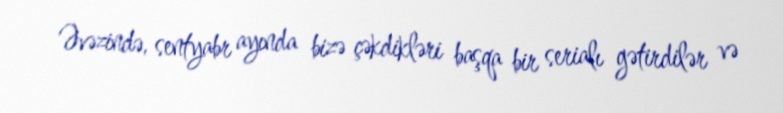
Əvəzində, sentyabr ayında bizə çəkdikləri başqa bir serialı gətirdilər və